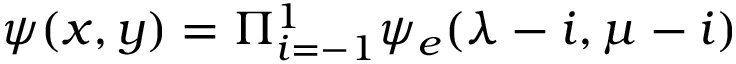
\psi ( x , y ) = \Pi _ { i = - 1 } ^ { 1 } \psi _ { e } ( \lambda - i , \mu - i )